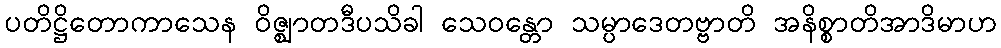
ပတိဋ္ဌိတောကာသေန ဝိဇ္ဈာတဒီပသိခါ သေဝန္တော သမ္ပာဒေတဗ္ဗာတိ အနိစ္စာတိအာဒိမာဟ